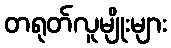
တရုတ်လူမျိုးများ